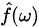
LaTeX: \scriptstyle{\hat{f}}(\omega)